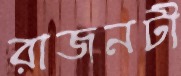
রাজনটী